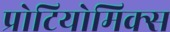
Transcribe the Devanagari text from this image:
प्रोटियोमिक्स